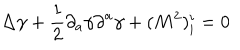
\Delta \gamma + { \frac { 1 } { 2 } } { \partial } _ { a } \gamma { \partial } ^ { a } \gamma + ( M ^ { 2 } ) _ { i } ^ { i } = 0